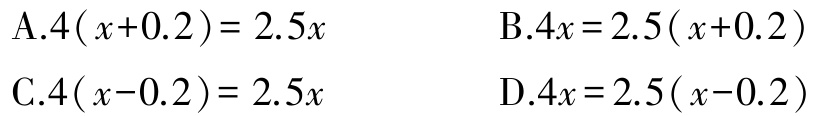
A.$4(x + 0.2)= 2.5x$
B.$4x = 2.5(x + 0.2)$
C.$4(x - 0.2)= 2.5x$
D.$4x = 2.5(x - 0.2)$